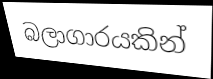
බලාගාරයකින්